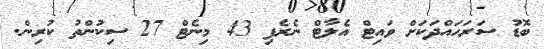
ބޮޑު ސަރަހައްދަކަށް ވައިޓް އެލާޓް ނެރެފި 43 މިނެޓް 27 ސިކުންތު ކުރިން.